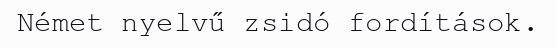
Német nyelvű zsidó fordítások.